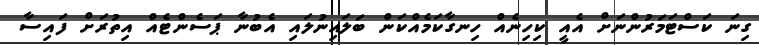
ގިނަ ކަސްޓަމަރުންނަށް އެއީ ކިހިނެއް ހިނގާކަމެއްކަން ބަލައިނުލައި އެބުނާ ޕަސެންޓެއް އިތުރަށް ފައިސާ